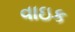
વાઇક